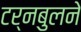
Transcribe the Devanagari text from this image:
टर्नबुलने